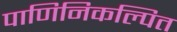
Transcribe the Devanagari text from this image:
पाणिनिकल्पित